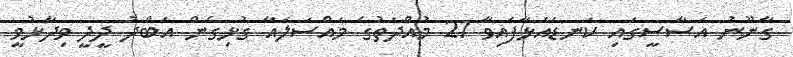
ގާނޫނު އަސާސީގައި ކަނޑައަޅާފައިވާ 21 މުއްދަތުގެ މައްސަލައާ ގުޅިގެން އަބްދު ދީދީ ވިދާޅުވީ